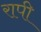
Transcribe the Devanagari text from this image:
रापी